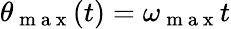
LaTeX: \theta_{\mathrm{~m~a~x~}}(t)=\omega_{\mathrm{~m~a~x~}}t